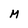
Character: M